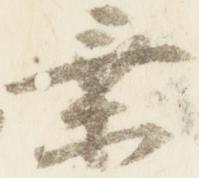
乗